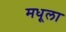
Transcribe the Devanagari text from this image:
मधूला